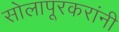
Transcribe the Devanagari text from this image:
सोलापूरकरांनी